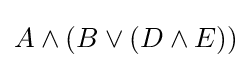
A\land (B\lor (D\land E))